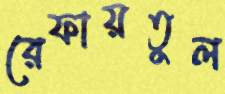
রেফায়তুল